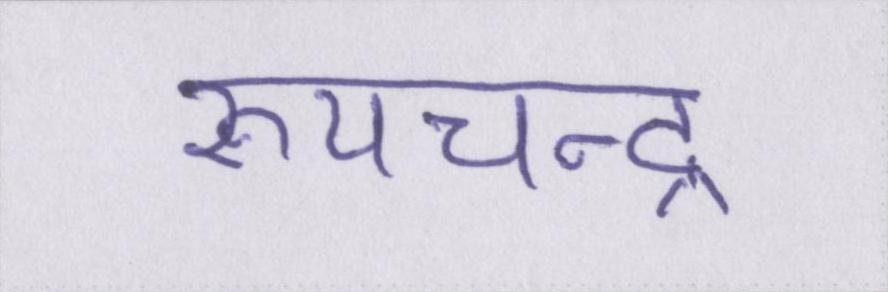
रूपचन्द्र